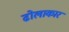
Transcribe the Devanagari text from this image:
ढोलाकार